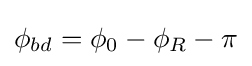
\phi _{bd}=\phi _{0}-\phi _{R}-\pi